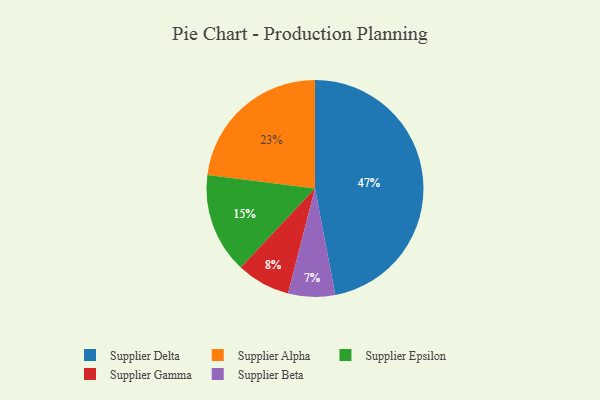
{"axis": {"x": "Category", "y": "Percentage"}, "legend": ["Supplier Alpha", "Supplier Beta", "Supplier Delta", "Supplier Epsilon", "Supplier Gamma"], "data": [{"x": "Supplier Delta", "y": 47, "type": "Supplier Delta"}, {"x": "Supplier Beta", "y": 7, "type": "Supplier Beta"}, {"x": "Supplier Alpha", "y": 23, "type": "Supplier Alpha"}, {"x": "Supplier Gamma", "y": 8, "type": "Supplier Gamma"}, {"x": "Supplier Epsilon", "y": 15, "type": "Supplier Epsilon"}]}